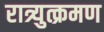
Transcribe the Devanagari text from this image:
रात्र्युत्क्रमण